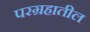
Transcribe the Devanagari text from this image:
परग्रहातील